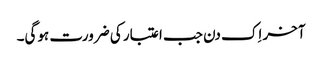
آخر اِک دن جب اعتبار کی ضرورت ہوگی۔